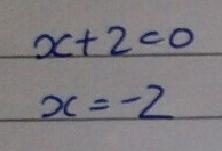
\(x + 2 = 0\)\\
\(x = -2\)